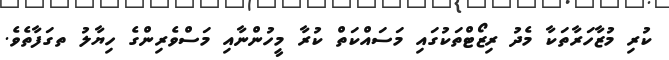
ކުރި މުޒާހަރާތަކާ މެދު ރިޒޯޓްތަކުގައި މަސައްކަތް ކުރާ މީހުންނާއި މަސްވެރިންގެ ހިޔާލު ތގަފާތެވެ.